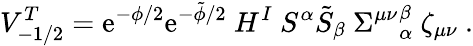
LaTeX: V_{-1/2}^{T}=\mathrm{e}^{-\phi/2}\mathrm{e}^{-\tilde{{\phi}}/2}~H^{I}~S^{\alpha}\tilde{{S}}_{\beta}~{\Sigma^{\mu\nu}}_{\alpha}^{\beta}~\zeta_{\mu\nu}\ .